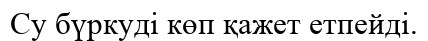
Су бүркуді көп қажет етпейді.